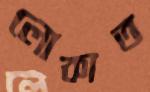
লোকাত